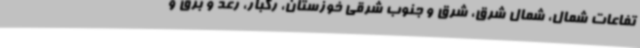
تفاعات شمال، شمال شرق، شرق و جنوب شرقی خوزستان، رگبار، رعد و برق و